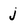
Character: j